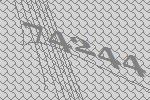
74244